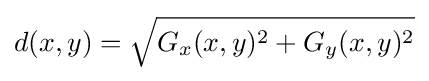
d(x,y)={\sqrt {G_{x}(x,y)^{2}+G_{y}(x,y)^{2}}}